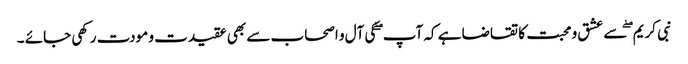
نبی کریم ۖ سے عشق و محبت کا تقاضا ہے کہ آپ ۖ کی آل و اصحاب سے بھی عقیدت و مودت رکھی جائے ۔